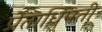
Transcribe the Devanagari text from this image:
प्रेताधिपती